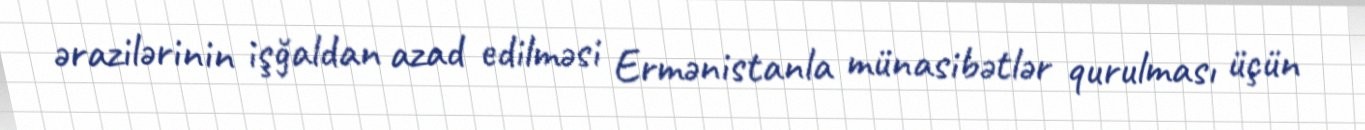
ərazilərinin işğaldan azad edilməsi Ermənistanla münasibətlər qurulması üçün